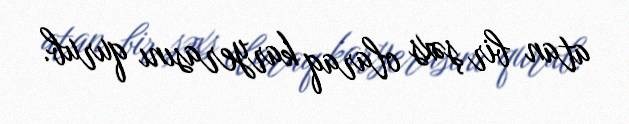
atan bir şəxs olaraq karyerasını qurub.